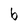
Character: b